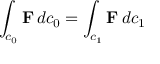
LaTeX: \int _ { c _ { 0 } } \mathbf { F } \, d c _ { 0 } = \int _ { c _ { 1 } } \mathbf { F } \, d c _ { 1 }